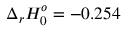
\Delta _ { r } H _ { 0 } ^ { o } = - 0 . 2 5 4